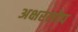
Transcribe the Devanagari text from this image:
अक्षरलोप